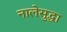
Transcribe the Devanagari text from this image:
नालेसुद्धा